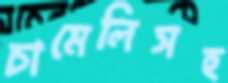
চামেলিসহ